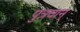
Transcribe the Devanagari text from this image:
पुत्रवान्